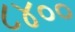
૮૪૦૦